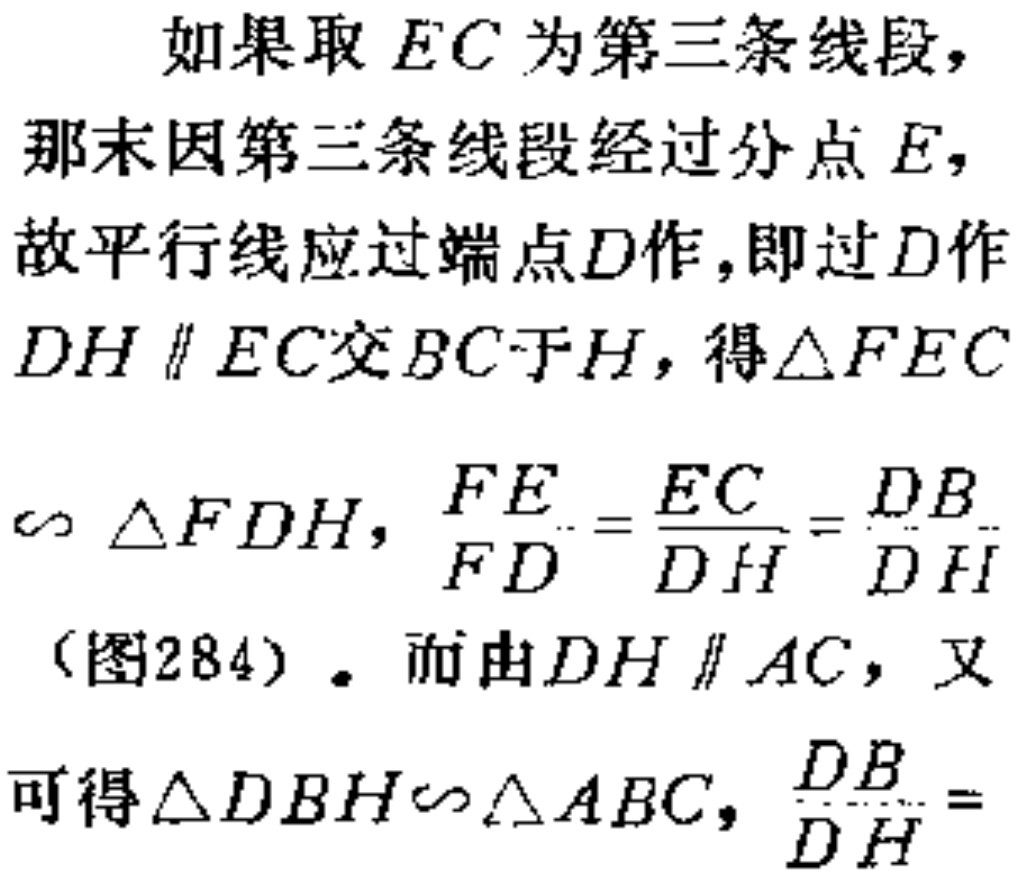
如果取 \(EC\) 为第三条线段，
那末因第三条线段经过分点 \(E\)，
故平行线应过端点 \(D\)作，即过 \(D\)作
\(DH\parallel EC\)交 \(BC\)于\(H\)，得\(\triangle FEC\)
\(\backsim \triangle FDH\)，\(\frac{FE}{FD}=\frac{EC}{DH}=\frac{DB}{DH}\)
（图284）。而由 \(DH\parallel AC\)，又
可得\(\triangle DBH\backsim \triangle ABC\)，\(\frac{DB}{DH} =\)